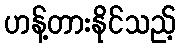
ဟန့်တားနိုင်သည့်